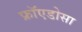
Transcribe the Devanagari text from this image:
फ्रॉएडोसा